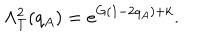
\Lambda _ { T } ^ { 2 } ( q _ { A } ) = e ^ { G ( 1 - 2 q _ { A } ) + k } .